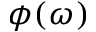
\phi ( \omega )